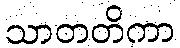
သာတတိကာ